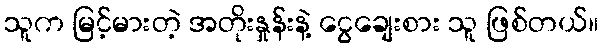
သူက မြင့်မားတဲ့ အတိုးနှုန်းနဲ့ ငွေချေးစား သူ ဖြစ်တယ်။